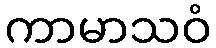
ကာမာသဝံ